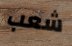
شعب